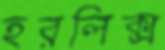
হরলিক্স